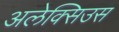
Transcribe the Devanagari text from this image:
अलेक्सिउस